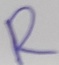
Text: R